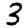
Digit: 3